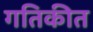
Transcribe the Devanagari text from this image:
गतिकीत